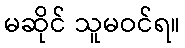
မဆိုင် သူမဝင်ရ။